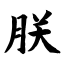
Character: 朕